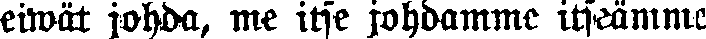
eiwät johda, me itse johdamme itseämme